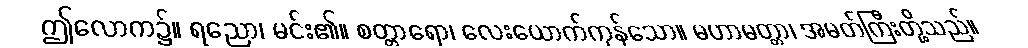
ဤလောက၌။ ရညော၊ မင်း၏။ စတ္တာရော၊ လေးယောက်ကုန်သော။ မဟာမတ္တာ၊ အမတ်ကြီးတို့သည်။